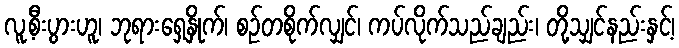
လူ့စီးပွားဟူ၊ ဘုရားရှေ့နှိုက်၊ စဉ်တစိုက်လျှင်၊ ကပ်လိုက်သည်ချည်း၊ တို့သျှင်နည်းနှင့်၊